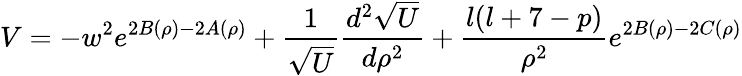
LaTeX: V=-w^{2}e^{2B(\rho)-2A(\rho)}+\frac{1}{\sqrt U}\frac{d^{2}\sqrt U}{d\rho^{2}}+\frac{l(l+7-p)}{\rho^{2}}e^{2B(\rho)-2C(\rho)}